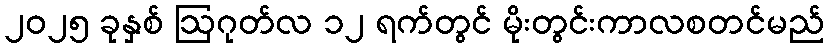
၂၀၂၅ ခုနှစ် ဩဂုတ်လ ၁၂ ရက်တွင် မိုးတွင်းကာလစတင်မည်